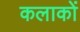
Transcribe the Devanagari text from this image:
कलाकों